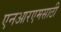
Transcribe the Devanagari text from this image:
एनआरएमसाठी